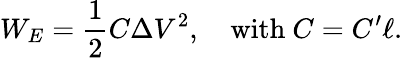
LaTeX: W_{E}=\frac{1}{2}C\Delta V^{2},\quad\textrm{with~}C=C^{\prime}\ell.